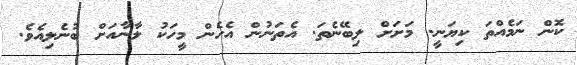
ކޮން ނަމެއްތަ ކިޔަނީ. މަށަށް ލިބޭނެތަ. އެތަނުން އެހެން މީހަކު ލާނާއަށް ބުނެލިއެވެ.